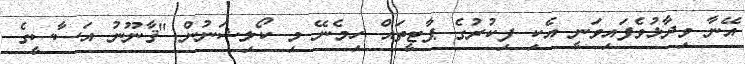
އޭނާ ވިދާޅުވެފައިވަނީ އެކި ފިކުރުގެ ޕާޓީތައް ހިމެނޭ މި ކޯލިޝަނުން "ޤާނޫނު އަސާސީގެ